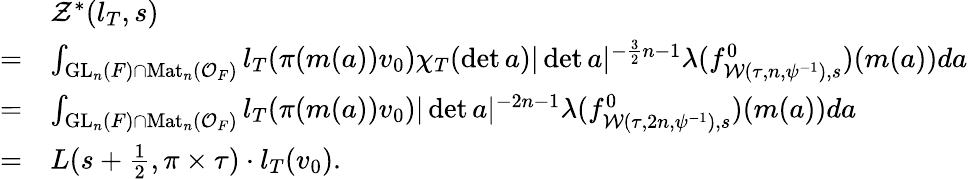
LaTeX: \begin{array}{rl}&{\mathcal{Z}^{\ast}(l_{T},s)}\\ {=}&{\int_{\mathrm{GL}_{n}(F)\cap\mathrm{Mat}_{n}(\mathcal{O}_{F})}l_{T}(\pi(m(a))v_{0})\chi_{T}(\operatorname*{det}a)|\operatorname*{det}a|^{-\frac{3}{2}n-1}\lambda(f_{\mathcal{W}(\tau,n,\psi^{-1}),s}^{0})(m(a))da}\\ {=}&{\int_{\mathrm{GL}_{n}(F)\cap\mathrm{Mat}_{n}(\mathcal{O}_{F})}l_{T}(\pi(m(a))v_{0})|\operatorname*{det}a|^{-2n-1}\lambda(f_{\mathcal{W}(\tau,2n,\psi^{-1}),s}^{0})(m(a))da}\\ {=}&{L(s+\frac{1}{2},\pi\times\tau)\cdot l_{T}(v_{0}).}\end{array}